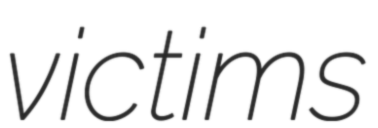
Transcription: victims